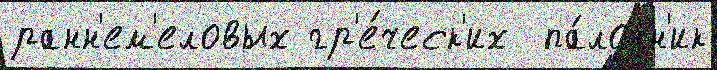
ранн'ем'еловых гр'е́ческ'их  па́лочн'ик